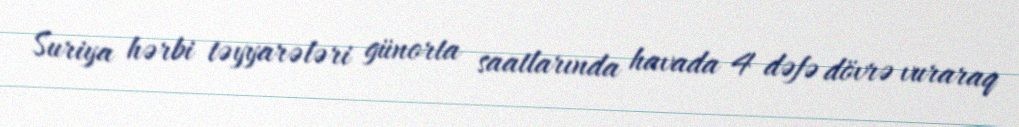
Suriya hərbi təyyarələri günorta saatlarında havada 4 dəfə dövrə vuraraq